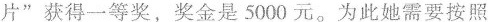
片”获得一等奖，奖金是5000元。为此她需要按照